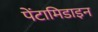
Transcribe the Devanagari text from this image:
पेंटामिडाइन